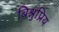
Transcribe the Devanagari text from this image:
बिश्नुप्रिय